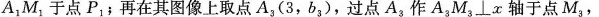
A_{1}M_{1}于点P_{1}﹔再在其图像上取点A_{3}(3，b_{3})，过点A_{3}作A_{3}M_{3}⊥x轴于点M_{3}，